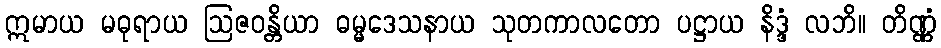
ဣမာယ မဓုရာယ ဩဇဝန္တိယာ ဓမ္မဒေသနာယ သုတကာလတော ပဋ္ဌာယ နိဒ္ဒံ လဘိ။ တိဏ္ဏံ